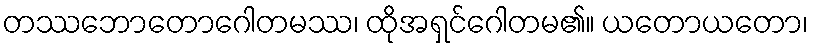
တဿဘောတောဂေါတမဿ၊ ထိုအရှင်ဂေါတမ၏။ ယတောယတော၊